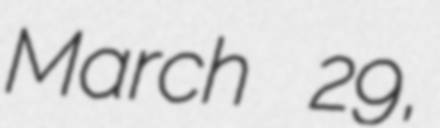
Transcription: March 29,